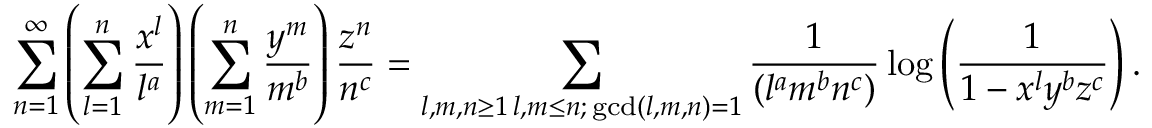
\sum _ { n = 1 } ^ { \infty } \left( \sum _ { l = 1 } ^ { n } \frac { x ^ { l } } { l ^ { a } } \right) \left( \sum _ { m = 1 } ^ { n } \frac { y ^ { m } } { m ^ { b } } \right) \frac { z ^ { n } } { n ^ { c } } = \sum _ { \substack { l , m , n \geq 1 \, l , m \leq n ; \, \operatorname* { g c d } ( l , m , n ) = 1 } } \frac { 1 } { ( l ^ { a } m ^ { b } n ^ { c } ) } \log \left( \frac { 1 } { 1 - x ^ { l } y ^ { b } z ^ { c } } \right) .